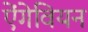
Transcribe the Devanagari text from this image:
ऐंगेवियन